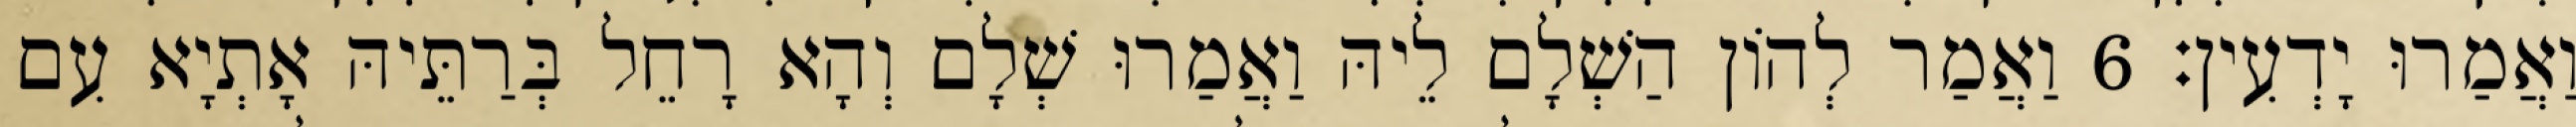
וַאֲמַרוּ יָדְעִין׃ 6 וַאֲמַר לְהוֹן הַשְׁלָם לֵיהּ וַאֲמַרוּ שְׁלָם וְהָא רָחֵל בְּרַתֵּיהּ אָתְיָא עִם